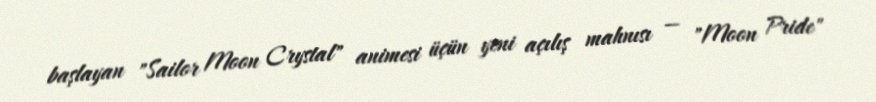
başlayan "Sailor Moon Crystal" animesi üçün yeni açılış mahnısı — "Moon Pride"